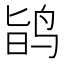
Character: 𪉆